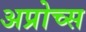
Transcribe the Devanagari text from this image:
अप्रोच्स